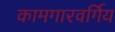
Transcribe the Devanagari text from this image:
कामगारवर्गिय